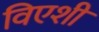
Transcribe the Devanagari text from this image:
विएशी